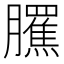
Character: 𦢺